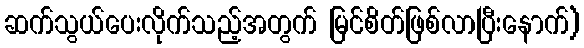
ဆက်သွယ်ပေးလိုက်သည့်အတွက် မြင်စိတ်ဖြစ်လာပြီးနောက်)